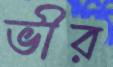
ভীর